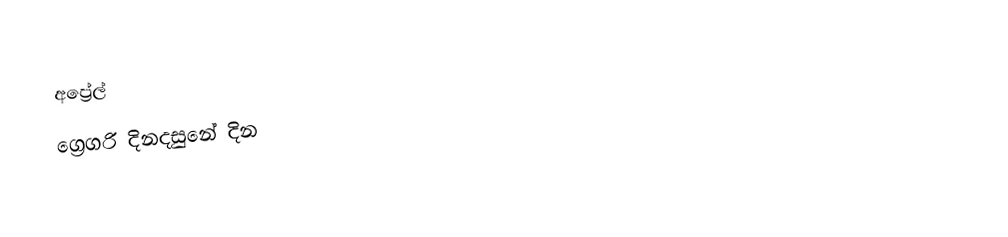
අප්‍රේල්
ග්‍රෙගරි දිනදසුනේ දින